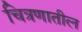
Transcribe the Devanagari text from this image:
चित्रणातील